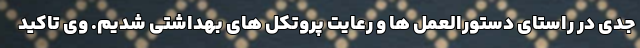
جدی در راستای دستورالعمل ها و رعایت پروتکل های بهداشتی شدیم. وی تاکید